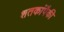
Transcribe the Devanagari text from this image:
शतकांपैकी